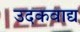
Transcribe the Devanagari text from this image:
उदकवाद्य